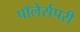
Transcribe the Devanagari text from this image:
पॉलेर्सपरी